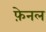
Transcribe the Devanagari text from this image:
फ़ेनल